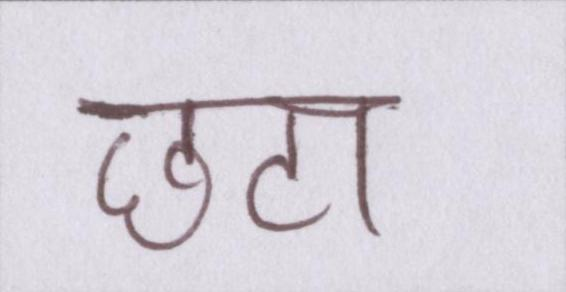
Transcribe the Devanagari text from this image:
छटा